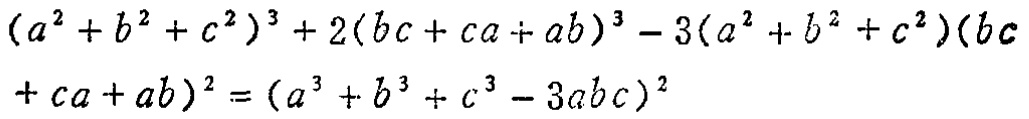
\((a^{2}+b^{2}+c^{2})^{3}+2(bc + ca + ab)^{3}-3(a^{2}+b^{2}+c^{2})(bc + ca + ab)^{2}=(a^{3}+b^{3}+c^{3}-3abc)^{2}\)